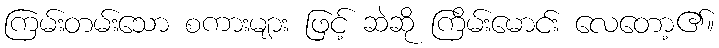
ကြမ်းတမ်းသော စကားများ ဖြင့် ဆဲဆို ကြိမ်းမောင်း လေတော့၏။